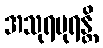
အသုရပုရန္တိ